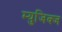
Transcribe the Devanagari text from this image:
म्युजिक्ज